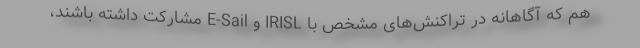
هم که آگاهانه در تراکنش‌های مشخص با IRISL و E-Sail مشارکت داشته باشند،